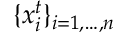
\{ x _ { i } ^ { t } \} _ { i = 1 , \dots , n }